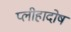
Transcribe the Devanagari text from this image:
प्लीहादोष